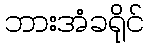
ဘားအံခရိုင်